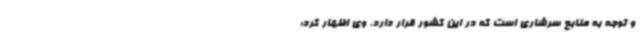
و ‌توجه به منابع سرشاری است که در این کشور قرار دارد. وی اظهار کرد: